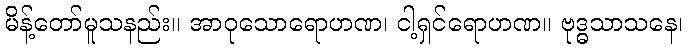
မိန့်တော်မူသနည်း။ အာဝုသောရောဟဏ၊ ငါ့ရှင်ရောဟဏ။ ဗုဒ္ဓသာသနေ၊